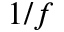
1 / f